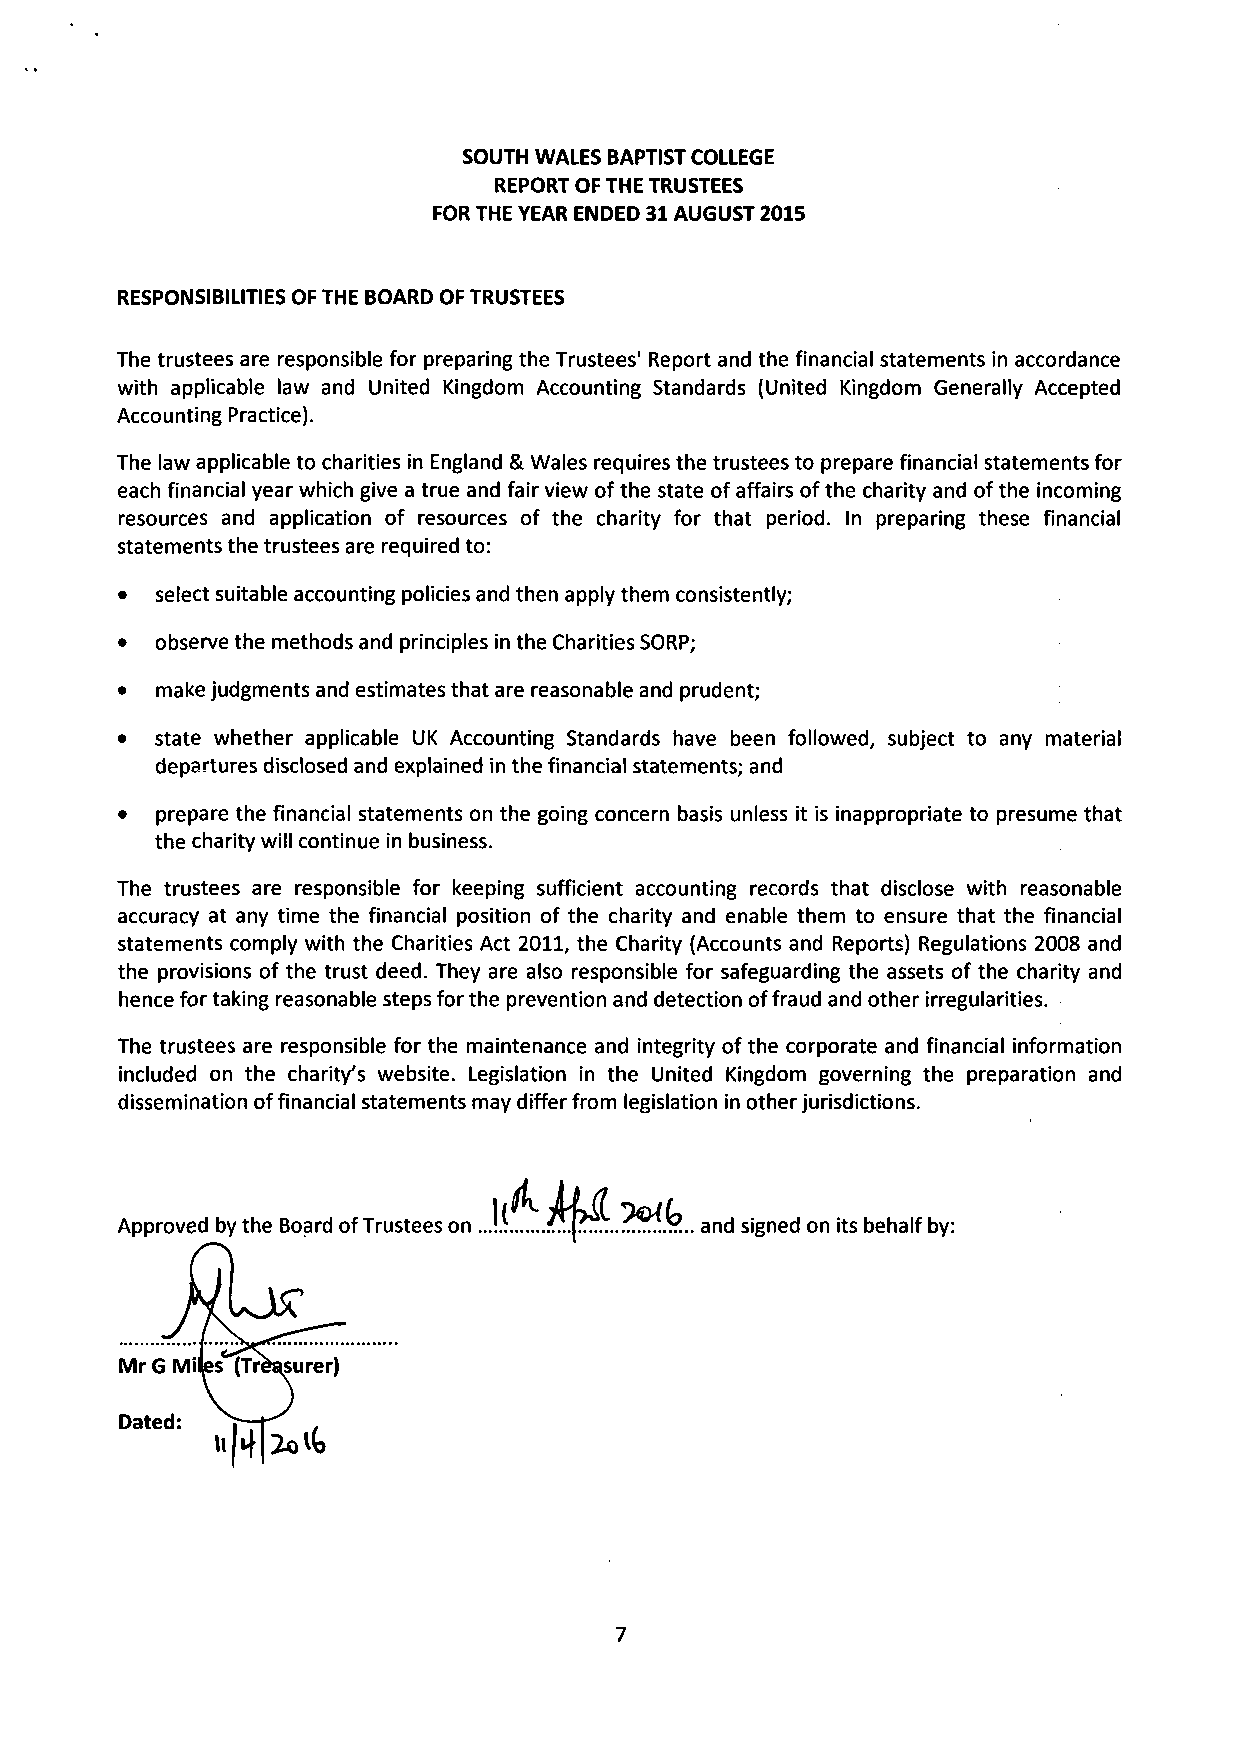
SOUTH WALES BAPTIST COLLEGE
 REPORT OF THE TRUSTEES
 FOR THE YEAR ENDED 31 AUGUST 2015
 RESPONSIBILITIES OF THE BOARD OF TRUSTEES
 The trustees are responsible for preparing the Trustees' Report and the financial statements in accordance
 with applicable law and United Kingdom Accounting Standards (United Kingdom Generally Accepted
 Accounting Practice).
 The law applicable to charities in England & Wales requires the trustees to prepare financial statements for
 each financial year which give a true and fair view of the state of affairs of the charity and of the incoming
 resources and application of resources of the charity for that period. In preparing these financial
 statements the trustees are required to:
 • select suitable accounting policies and then apply them consistently;
 • observe the methods and principles in the Charities SORP;
 • make judgments and estimates that are reasonable and prudent;
 • state whether applicable UK Accounting Standards have been followed, subject to any material
 departures disclosed and explained in the financial statements; and
 • prepare the financial statements on the going concern basis unless it is inappropriate to presume that
 the charity will continue in business.
 The trustees are responsible for keeping sufficient accounting records that disclose with reasonable
 accuracy at any time the financial position of the charity and enable them to ensure that the financial
 statements comply with the Charities Act 2011, the Charity (Accounts and Reports) Regulations 2008 and
 the provisions of the trust deed. They are also responsible for safeguarding the assets of the charity and
 hence for taking reasonable steps for the prevention and detection of fraud and other irregularities.
 The trustees are responsible for the maintenance and integrity of the corporate and financial information
 included on the charity's website. Legislation in the United Kingdom governing the preparation and
 dissemination of financial statements may differ from legislation in other jurisdictions.
 Approved by the Board of Trustees on  and signed on its behalf by:
 7